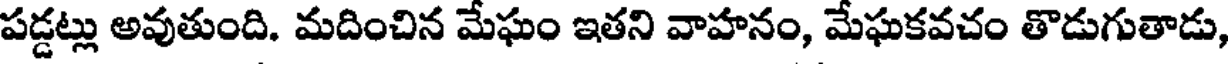
పడ్డట్లు అవుతుంది. మదించిన మేఘం ఇతని వాహనం, మేఘకవచం తొడుగుతాడు,